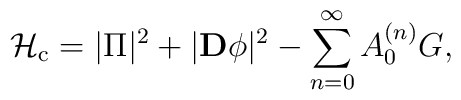
{\cal H}_{\rm c} = |\Pi|^2 + |{\bf D}\phi|^2  -  \sum_{n=0}^\infty A_0^{(n)} G,